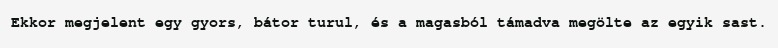
Ekkor megjelent egy gyors, bátor turul, és a magasból támadva megölte az egyik sast.